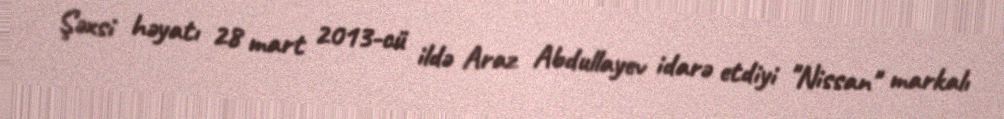
Şəxsi həyatı 28 mart 2013-cü ildə Araz Abdullayev idarə etdiyi "Nissan" markalı